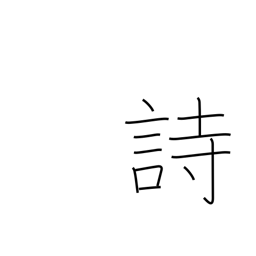
Meaning: poem